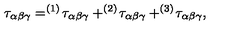
\tau _ { \alpha \beta \gamma } = ^ { ( 1 ) } \! \tau _ { \alpha \beta \gamma } + ^ { ( 2 ) } \! \tau _ { \alpha \beta \gamma } + ^ { ( 3 ) } \! \tau _ { \alpha \beta \gamma } ,